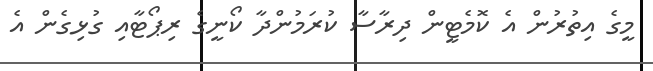
މީގެ އިތުރުން އެ ކޮމެޓީން ދިރާސާ ކުރަމުންދާ ކޯނީގެ ރިޕޯޓާއި ގުޅިގެން އެ